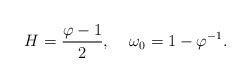
\begin{align*}H=\frac{\varphi-1}{2},\;\;\;\;\omega_0=1-\varphi^{-1} .\end{align*}